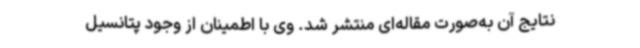
نتایج آن به‌صورت مقاله‌ای منتشر شد. وی با اطمینان از وجود پتانسیل